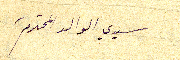
سيدي الوالد المحترم